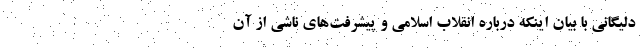
دلیگانی با بیان اینکه درباره انقلاب اسلامی و پیشرفت‌های ناشی از آن